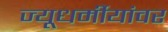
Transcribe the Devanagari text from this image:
ज्यूधर्मीयांवर